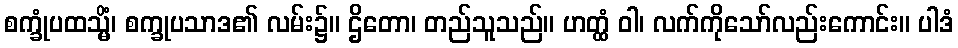
စက္ခုံပထသ္မိံ၊ စက္ခုပသာဒ၏ လမ်း၌။ ဌိတော၊ တည်သူသည်။ ဟတ္ထံ ဝါ၊ လက်ကိုသော်လည်းကောင်း။ ပါဒံ